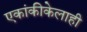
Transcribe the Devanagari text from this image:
एकांकीकेलाही